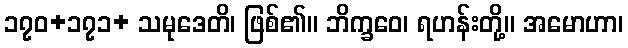
၁၇၀+၁၇၁+ သမုဒေတိ၊ ဖြစ်၏။ ဘိက္ခဝေ၊ ရဟန်းတို့။ အမောဟာ၊